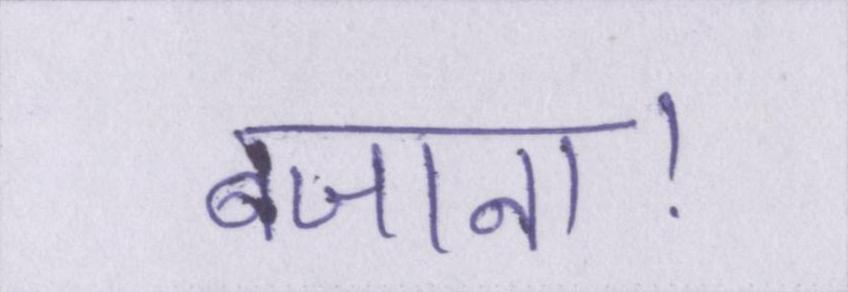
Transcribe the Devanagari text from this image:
बजाना।